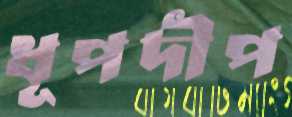
ধূপদীপ